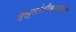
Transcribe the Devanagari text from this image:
देल्लांतीक्वारियों